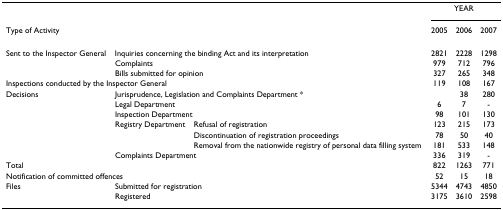
<table><thead><tr><td></td><td></td><td></td><td colspan="3"><b>YEAR</b></td></tr><tr><td colspan="3"><b>Type of Activity</b></td><td><b>2005</b></td><td><b>2006</b></td><td><b>2007</b></td></tr></thead><tbody><tr><td>Sent to the Inspector General</td><td colspan="2">Inquiries concerning the binding Act and its interpretation</td><td>2821</td><td>2228</td><td>1298</td></tr><tr><td></td><td colspan="2">Complaints</td><td>979</td><td>712</td><td>796</td></tr><tr><td></td><td colspan="2">Bills submitted for opinion</td><td>327</td><td>265</td><td>348</td></tr><tr><td colspan="3">Inspections conducted by the Inspector General</td><td>119</td><td>108</td><td>167</td></tr><tr><td>Decisions</td><td colspan="2">Jurisprudence, Legislation and Complaints Department *</td><td></td><td>38</td><td>280</td></tr><tr><td></td><td colspan="2">Legal Department</td><td>6</td><td>7</td><td>-</td></tr><tr><td></td><td colspan="2">Inspection Department</td><td>98</td><td>101</td><td>130</td></tr><tr><td></td><td>Registry Department</td><td>Refusal of registration</td><td>123</td><td>215</td><td>173</td></tr><tr><td></td><td></td><td>Discontinuation of registration proceedings</td><td>78</td><td>50</td><td>40</td></tr><tr><td></td><td></td><td>Removal from the nationwide registry of personal data filling system</td><td>181</td><td>533</td><td>148</td></tr><tr><td></td><td colspan="2">Complaints Department</td><td>336</td><td>319</td><td>-</td></tr><tr><td colspan="3">Total</td><td>822</td><td>1263</td><td>771</td></tr><tr><td colspan="3">Notification of committed offences</td><td>52</td><td>15</td><td>18</td></tr><tr><td>Files</td><td colspan="2">Submitted for registration</td><td>5344</td><td>4743</td><td>4850</td></tr><tr><td></td><td colspan="2">Registered</td><td>3175</td><td>3610</td><td>2598</td></tr></tbody></table>